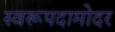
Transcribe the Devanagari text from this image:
स्वरूपदामोदर